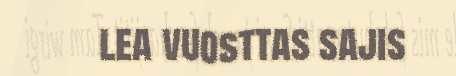
lea vuosttas sajis